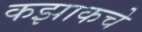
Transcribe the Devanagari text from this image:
कझाकचे